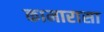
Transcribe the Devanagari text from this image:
कामारासा